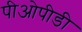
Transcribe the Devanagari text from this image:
पीओपीडी